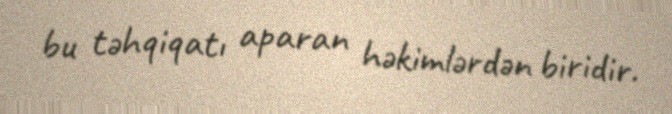
bu təhqiqatı aparan həkimlərdən biridir.